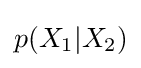
p(X_{1}|X_{2})